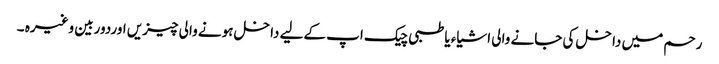
رحم میں داخل کی جانے والی اشیاء یا طبی چیک اپ کےلیے داخل ہونے والی چیزیں اوردوربین وغیرہ ۔